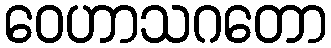
ဝေဟာသဂတော